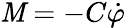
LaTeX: \mathit{M}=-C\dot{{\varphi}}